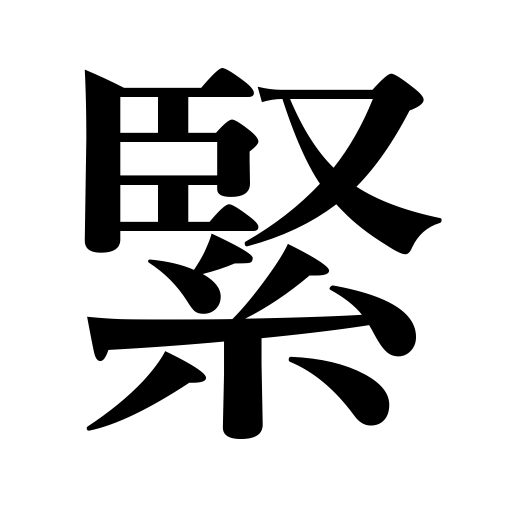
Meanings: tight,reliable,solid,hard